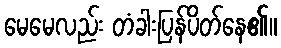
မေမေလည်း တံခါးပြန်ပိတ်နေ၏။